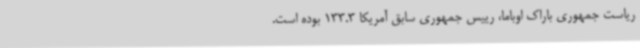
ریاست جمهوری باراک اوباما، رییس جمهوری سابق آمریکا 133.3 بوده است.